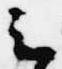
云